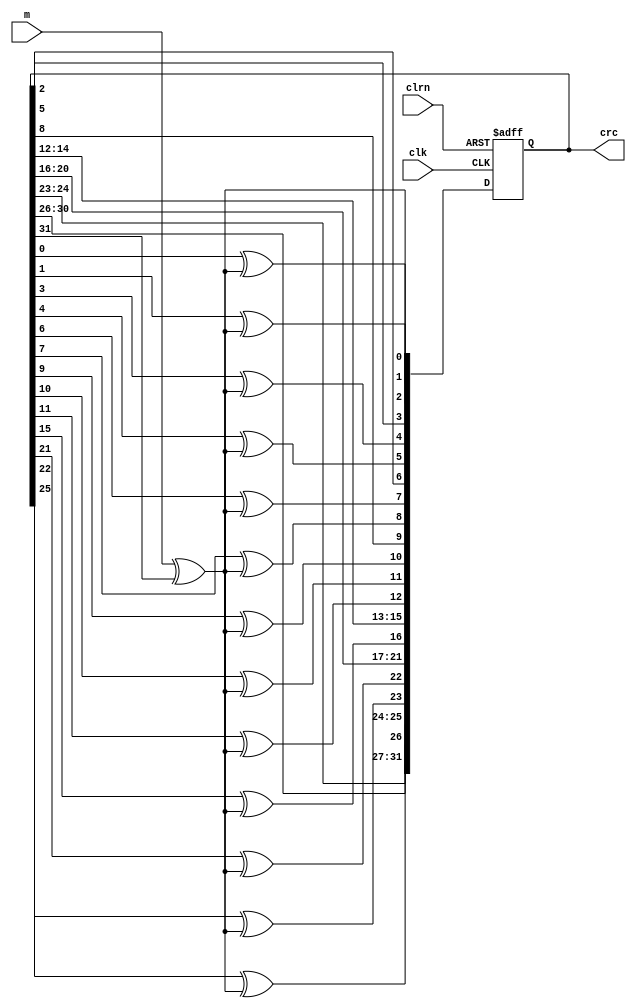
/************************************************
  The Verilog HDL code example is from the book
  Computer Principles and Design in Verilog HDL
  by Yamin Li, published by A JOHN WILEY & SONS
************************************************/
module crc32 (clk,clrn,m,crc);  // G = x^{32} + x^{26} + x^{23} + x^{22} + 
    // x^{16} + x^{12} + x^{11} + x^{10} + x^{8} + x^{7} + x^{5} + x^{4} +
    // x^{2} + x + 1
    // D = 1_0000_0100_1100_0001_0001_1101_1011_0111 = 0x104c11db7
    input             clk, clrn;                      // clock and reset
    input             m;                              // message or dividend
    output reg [31:0] crc;                            // 32-bit crc code
    wire              m_xor_crc31 = m ^ crc[31]; 
    always @ (posedge clk or negedge clrn) begin
        if (!clrn) begin
            crc <= 0;
        end else begin
            crc[00] <=           m_xor_crc31;         // x^{00}
            crc[01] <= crc[00] ^ m_xor_crc31;         // x^{01}
            crc[02] <= crc[01] ^ m_xor_crc31;         // x^{02}
            crc[03] <= crc[02];
            crc[04] <= crc[03] ^ m_xor_crc31;         // x^{04}
            crc[05] <= crc[04] ^ m_xor_crc31;         // x^{05}
            crc[06] <= crc[05];
            crc[07] <= crc[06] ^ m_xor_crc31;         // x^{07}
            crc[08] <= crc[07] ^ m_xor_crc31;         // x^{08}
            crc[09] <= crc[08];
            crc[10] <= crc[09] ^ m_xor_crc31;         // x^{10}
            crc[11] <= crc[10] ^ m_xor_crc31;         // x^{11}
            crc[12] <= crc[11] ^ m_xor_crc31;         // x^{12}
            crc[13] <= crc[12];
            crc[14] <= crc[13];
            crc[15] <= crc[14];
            crc[16] <= crc[15] ^ m_xor_crc31;         // x^{16}
            crc[17] <= crc[16];
            crc[18] <= crc[17];
            crc[19] <= crc[18];
            crc[20] <= crc[19];
            crc[21] <= crc[20];
            crc[22] <= crc[21] ^ m_xor_crc31;         // x^{22}
            crc[23] <= crc[22] ^ m_xor_crc31;         // x^{23}
            crc[24] <= crc[23];
            crc[25] <= crc[24];
            crc[26] <= crc[25] ^ m_xor_crc31;         // x^{26}
            crc[27] <= crc[26];
            crc[28] <= crc[27];
            crc[29] <= crc[28];
            crc[30] <= crc[29];
            crc[31] <= crc[30];
        end
    end
endmodule